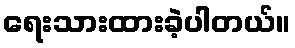
ရေးသားထားခဲ့ပါတယ်။